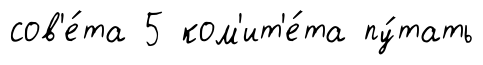
сов'е́та 5 ком'ит'е́та пу́тать